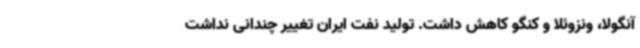
آنگولا، ونزوئلا و کنگو کاهش داشت. تولید نفت ایران تغییر چندانی نداشت